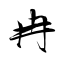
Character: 冉